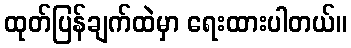
ထုတ်ပြန်ချက်ထဲမှာ ရေးထားပါတယ်။